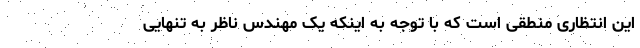
این انتظاری منطقی است که با توجه به اینکه یک مهندس ناظر به تنهایی